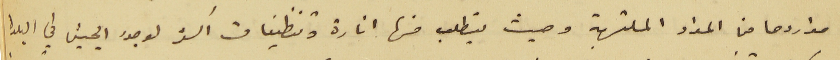
مواردها من المواد الملتهبة وحيث يتطلب منها انارة وتنظيفات اكثر لوجود الجيش في البلدة